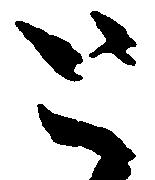
と